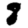
Digit: 8